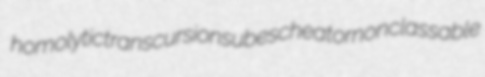
homolytic transcursion subescheator nonclassable